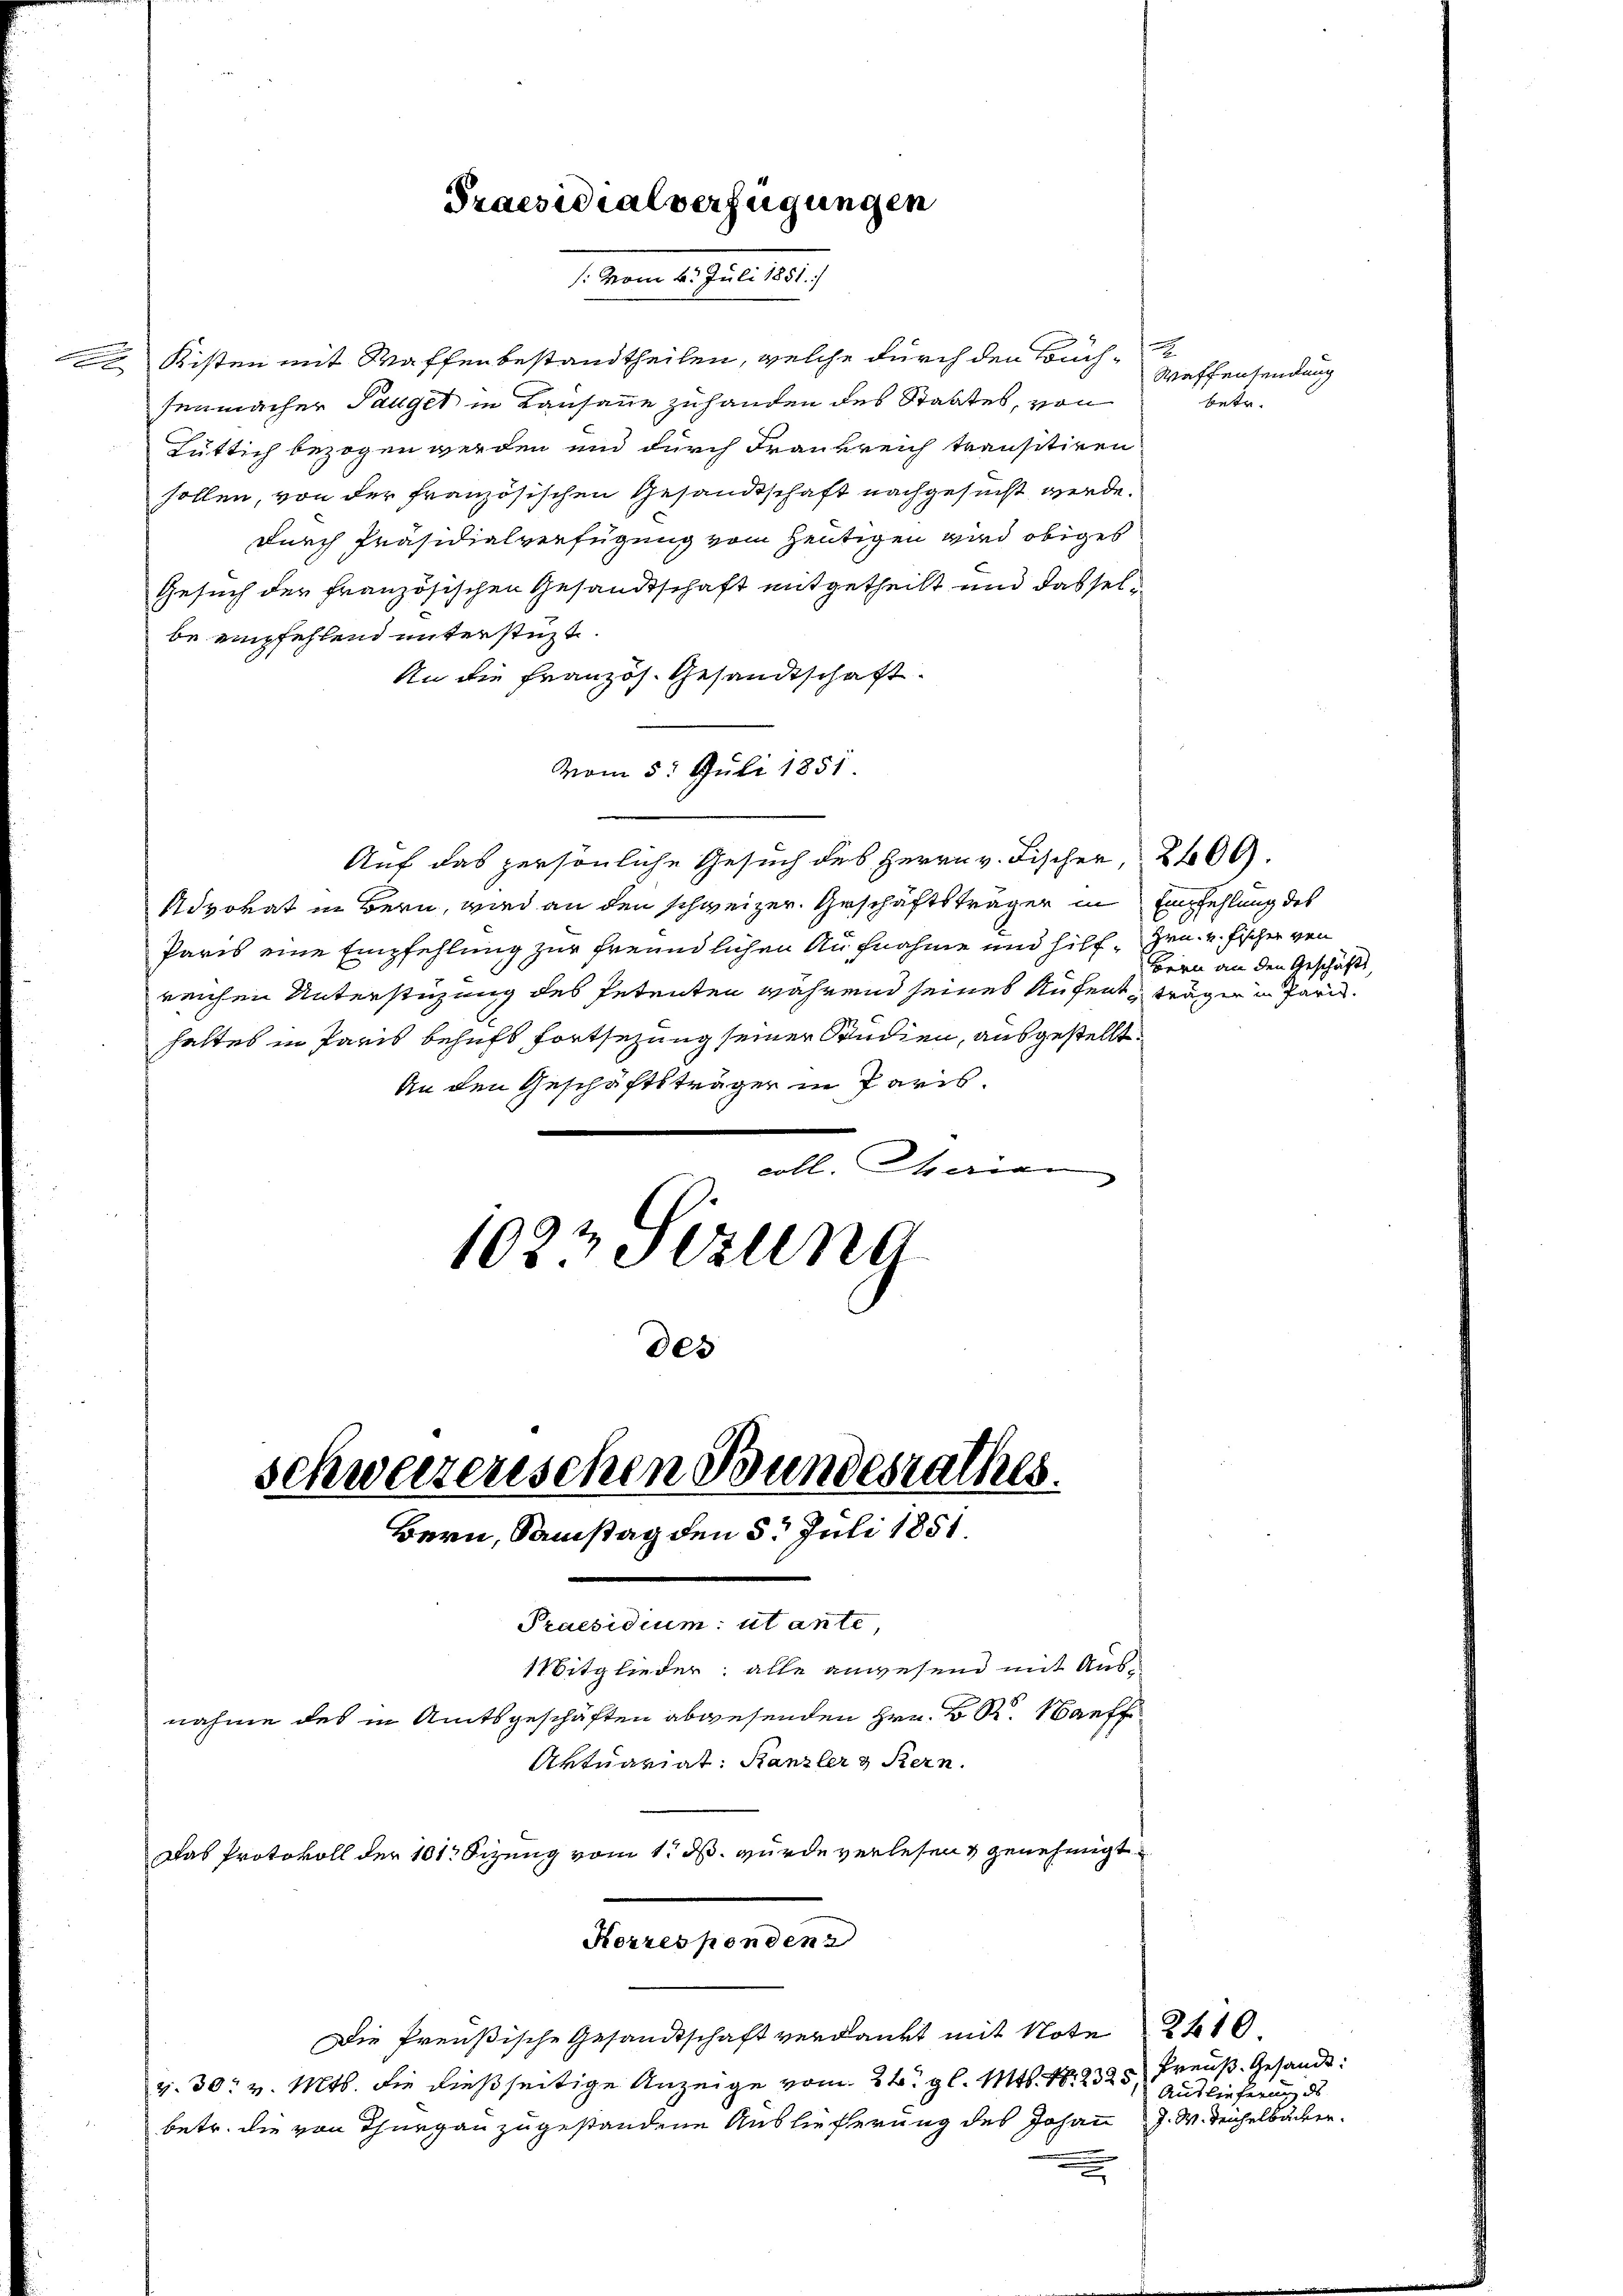
Kisten mit Waffenbestandtheilen, welche durch den Buch-
senmacher Tauger in Kausanne zuhanden des Staates, von
Tüttich bezogen werden und durch Frankreich transitiren
sollen, von der französischen Gesandtschaft nachgesucht werde.
durch Präsidialverfügung vom heutigen wird obiges
Gesuch der französischen Gesandtschaft mitgetheilt und dasselbe empfehlend unterstüzt.
An die Französ. Gesandtschaft.
vom 5. Juli 1851.
Auf das persönliche Gesuch des Herrn v. Fischer 2400.
Advokat in Bern, wird an den schweizer. Geschäftsträger in Empfehlung des
Paris eine Empfehlung zur freundlichen Aufnahme und Hilf Heu- u. Fischer von
reichen Unterstüzung des Petenten während seines Aufent träger in Pari
haltes in Paris behufs Fortsezung seiner Studien, ausgestellt.
An den Geschäftsträger in Paris.
Maien
1022 Sezung
303

schweizerischen Bundesrathes.
Bern, Samstag den 5. Juli 1851.

Praesidialverfügungen
/: vom 6. Juli 1881/

Praesidium ut ante,
Mitglieder: alle anwesend mit Ausnahme des in Amtsgeschäften abwesenden Hrn. K. R. Nanff
Aktuariat: Kanzler & Bern.
Das Protokoll der 101 Sizung vom 1. ds. wurde verlesen genehmigt

Korrespondenz
Die Preußische Gesandtschaft verdankt mit Note 210.
v. 30. v. Mts. die dießseitige Anzeige vom 24. gl. Mts. N. 2323, Preuß. Gesandt
betr. die von Thurgau zugestandene Auslieferung des Johann J. M. Teichelbäcker¬

e
Waffensendung
betr.

Bern an den Geschäfts,

Auslieferung de